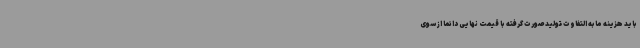
باید هزینه مابه التفاوت تولید صورت گرفته با قیمت نهایی دائما از سوی